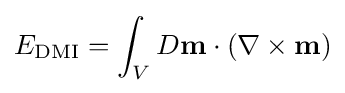
E_{\text{DMI}}=\int _{V}D\mathbf {m} \cdot (\nabla \times \mathbf {m} )